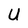
Character: U